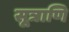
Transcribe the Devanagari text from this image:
सूत्राणि